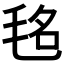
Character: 𣭨